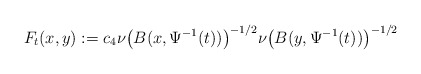
\begin{align*}F_{t}(x,y):=c_{4}\nu\bigl(B(x,\Psi^{-1}(t))\bigr)^{-1/2}\nu\bigl(B(y,\Psi^{-1}(t))\bigr)^{-1/2}\end{align*}